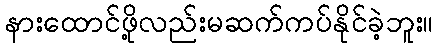
နားထောင်ဖို့လည်းမဆက်ကပ်နိုင်ခဲ့ဘူး။